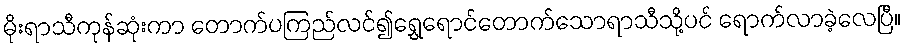
မိုးရာသီကုန်ဆုံးကာ တောက်ပကြည်လင်၍ရွှေရောင်တောက်သောရာသီသို့ပင် ရောက်လာခဲ့လေပြီ။